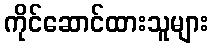
ကိုင်ဆောင်ထားသူများ